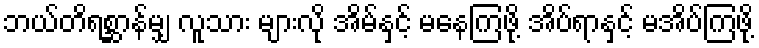
ဘယ်တိရစ္ဆာန်မျှ လူသား များလို အိမ်နှင့် မနေကြဖို့ အိပ်ရာနှင့် မအိပ်ကြဖို့